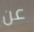
عن